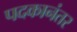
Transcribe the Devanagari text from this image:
पदकानंतर